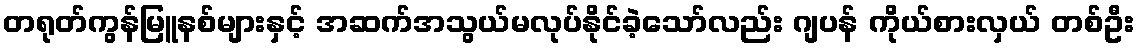
တရုတ်ကွန်မြူနစ်များနှင့် အဆက်အသွယ်မလုပ်နိုင်ခဲ့သော်လည်း ဂျပန် ကိုယ်စားလှယ် တစ်ဦး